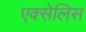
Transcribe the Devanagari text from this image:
एक्सेलिस